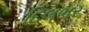
દિલભર